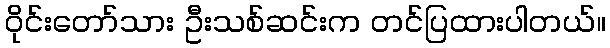
ဝိုင်းတော်သား ဦးသစ်ဆင်းက တင်ပြထားပါတယ်။